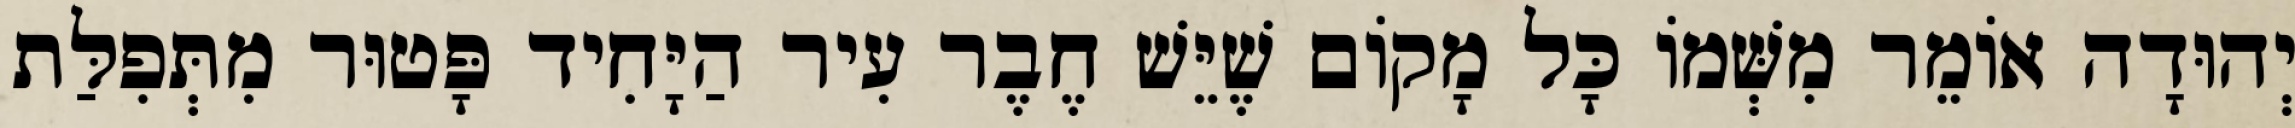
יְהוּדָה אוֹמֵר מִשְּׁמוֹ כָּל מָקוֹם שֶׁיֵּשׁ חֶבֶר עִיר הַיָּחִיד פָּטוּר מִתְּפִלַּת